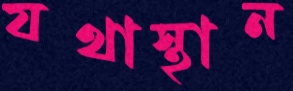
যথাস্থান